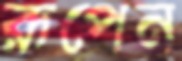
রূপেন